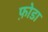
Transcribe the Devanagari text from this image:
फ़ोडा